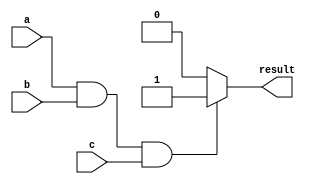
module if_else_logic (
    input a,
    input b,
    input c,
    output reg result
);

always @(*)
begin
    if (a && b && c) begin
        // Code inside if block
        result <= 1; // if all conditions are true
    end
    else begin
        // Code inside else block
        result <= 0; // if any conditions are false
    end
end

endmodule